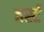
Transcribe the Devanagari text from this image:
हर्स्ट